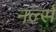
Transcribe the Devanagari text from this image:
नर्ल्स